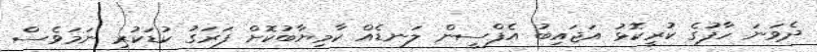
ދެވަނަ ހާފުގެ ކުރީކޮޅު އަޖައިބު އެފްސީން ލަނޑެއް ކާމިޔާބުކޮށް ފަރަގު ކުޑަކުރި ނަމަވެސް